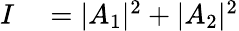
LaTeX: \begin{array}{rl}{I}&{{}=|A_{1}|^{2}+|A_{2}|^{2}}\end{array}